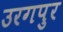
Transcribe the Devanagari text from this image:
उरगपुर